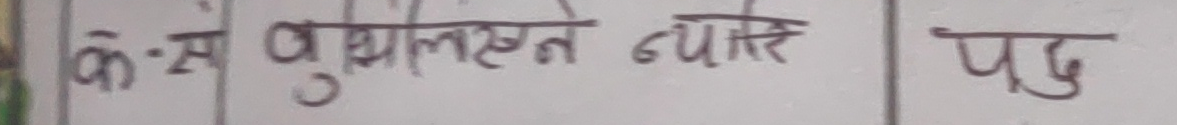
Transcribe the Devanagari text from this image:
कः से पुध्यालस्थे न्यासि पद्धु